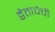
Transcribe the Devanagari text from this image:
द्वैताचेची